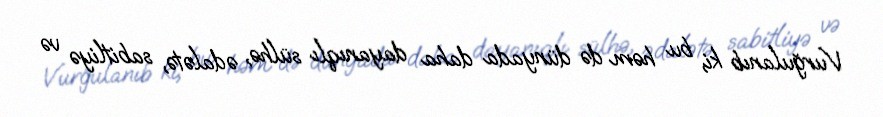
Vurğulanıb ki, bu həm də dünyada daha dayanıqlı sülhə, ədalətə, sabitliyə və